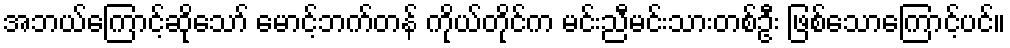
အဘယ်ကြောင့်ဆိုသော် မောင့်ဘက်တန် ကိုယ်တိုင်က မင်းညီမင်းသားတစ်ဦး ဖြစ်သောကြောင့်ပင်။